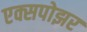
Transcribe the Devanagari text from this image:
एक्सपोझर